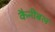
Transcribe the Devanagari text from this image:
कैनीबल